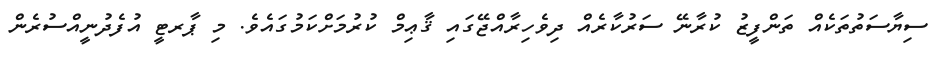
ސިޔާސަތުތަކެއް ތަންފީޒު ކުރާނޭ ސަރުކާރެއް ދިވެހިރާއްޖޭގައި ޤާޢިމް ކުރުމަށްކަމުގައެވެ. މި ޕާރޓީ އުފެދުނީއްސުރެން